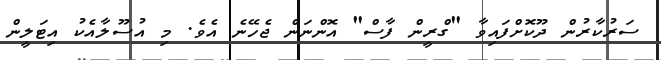
ސަރުކާރުން ދޫކޮށްފައިވާ "ގްރީން ފާސް" އޮންނަން ޖެހޭނެ އެވެ. މި އުސޫލާއެކު އިޓަލީން